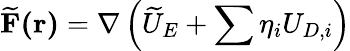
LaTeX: \mathbf{\widetilde{F}(\mathbf{r})}=\nabla\left(\widetilde{U}_{E}+\sum\eta_{i}U_{D,i}\right)